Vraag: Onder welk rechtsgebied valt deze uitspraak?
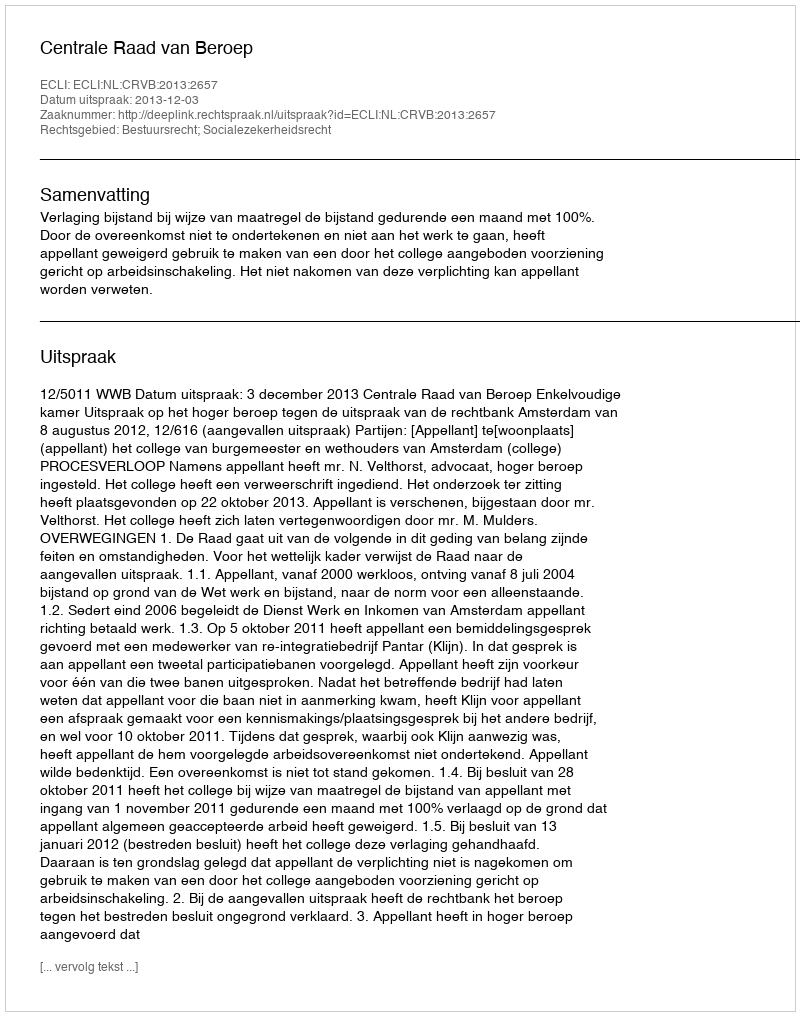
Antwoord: Bestuursrecht; Socialezekerheidsrecht